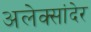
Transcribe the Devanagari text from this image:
अलेक्सांदेर